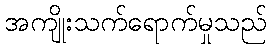
အကျိုးသက်ရောက်မှုသည်